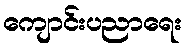
ကျောင်းပညာရေး